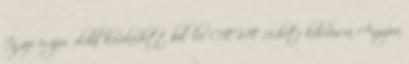
Igazi csajos oldal kerekedett belőle. CEWE 15.heti kihívásra Annyira